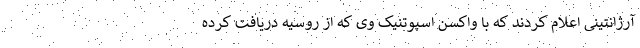
آرژانتینی اعلام کردند که با واکسن اسپوتنیک وی که از روسیه دریافت کرده